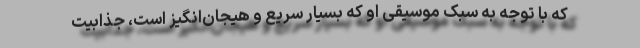
که با توجه به سبک موسیقی او که بسیار سریع و هیجان‌انگیز است، جذابیت